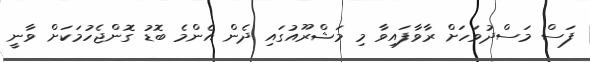
ފަސް މަސްދުވަހަށް ރާވާފައިވާ މި މަޝްރޫއުގައި ދެން އެންމެ ބޮޑު ގޮންޖެހުމަކަށް ވާނީ